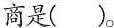
商是( )。